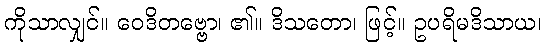
ကိုသာလျှင်။ ဝေဒိတဗ္ဗော၊ ၏။ ဒိသတော၊ ဖြင့်။ ဥပရိမဒိသာယ၊